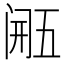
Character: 𮤴